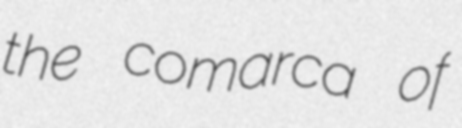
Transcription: the comarca of